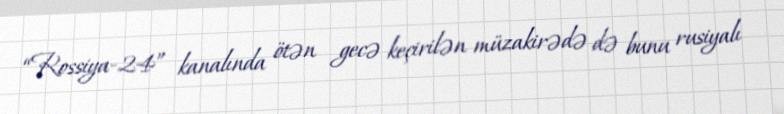
“Rossiya-24” kanalında ötən gecə keçirilən müzakirədə də bunu rusiyalı